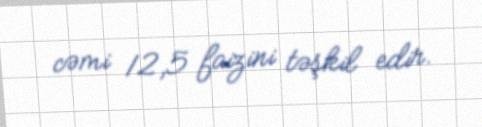
cəmi 12,5 faizini təşkil edir.